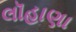
લૉહાણા